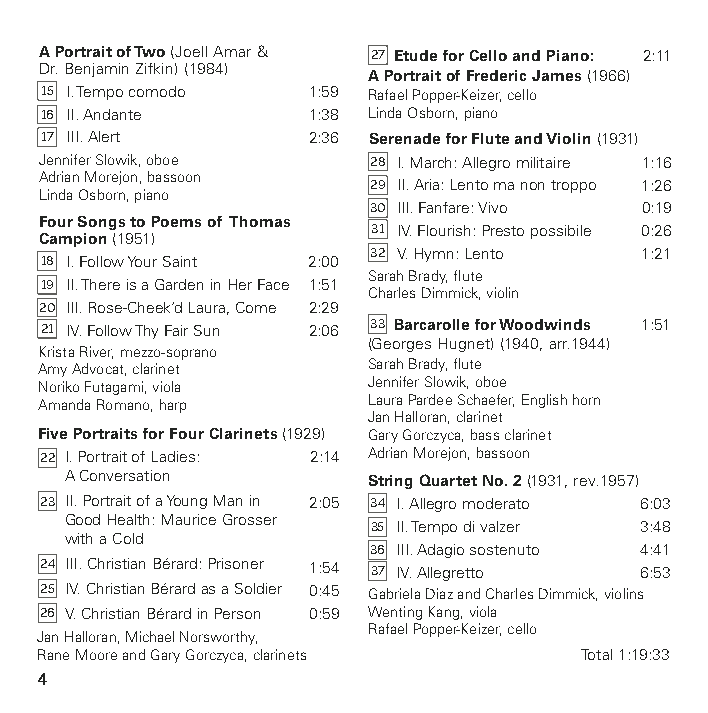
A Portrait of Two (Joell Amar & 27 Etude for Cello and Piano: 2:11
 Dr. Benjamin Zifkin) (1984)
 A Portrait of Frederic James (1966)
 15 I. Tempo comodo 1:59 Rafael Popper-Keizer, cello
 16 II. Andante   1:38 Linda Osborn, piano
 17 III. Alert    2:36 Serenade for Flute and Violin (1931)
 Jennifer Slowik, oboe 28 I. March: Allegro militaire 1:16
 Adrian Morejon, bassoon
 29 II. Aria: Lento ma non troppo 1:26
 Linda Osborn, piano
 30 III. Fanfare: Vivo 0:19
 Four Songs to Poems of Thomas
 31 IV. Flourish: Presto possibile 0:26
 Campion (1951)
 32 V. Hymn: Lento 1:21
 18 I. Follow Your Saint 2:00
 Sarah Brady, flute
 19 II. There is a Garden in Her Face 1:51
 Charles Dimmick, violin
 20 III. Rose-Cheek’d Laura, Come 2:29
 21 IV. Follow Thy Fair Sun 2:06 33 Barcarolle for Woodwinds 1:51
 (Georges Hugnet) (1940, arr.1944)
 Krista River, mezzo-soprano
 Amy Advocat, clarinet Sarah Brady, flute
 Noriko Futagami, viola Jennifer Slowik, oboe
 Amanda Romano, harp  Laura Pardee Schaefer, English horn
 Jan Halloran, clarinet
 Five Portraits for Four Clarinets (1929) Gary Gorczyca, bass clarinet
 22 I. Portrait of Ladies: 2:14 Adrian Morejon, bassoon
 A Conversa tion     String Quartet No. 2 (1931, rev.1957)
 23 II. Portrait of a Young Man in 2:05 34 I. Allegro moderato 6:03
 Good Health: Maurice Grosser
 35 II. Tempo di valzer 3:48
 with a Cold
 36 III. Adagio sostenuto 4:41
 24 I II. Christian Bérard: Prisoner 1:54 37 IV. Allegretto 6:53
 25 IV. Christian Bérard as a Soldier 0:45 Gabriela Diaz and Charles Dimmick, violins
 26 V. Christian Bérard in Person 0:59 Wenting Kang, viola
 Rafael Popper-Keizer, cello
 Jan Halloran, Michael Norsworthy,
 Rane Moore and Gary Gorczyca, clarinets Total 1:19:33
 4